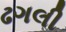
ઢગલી